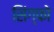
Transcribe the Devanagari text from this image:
सिंग्फो